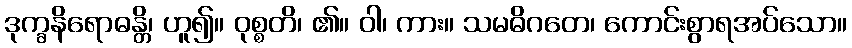
ဒုက္ခနိရောဓန္တိ၊ ဟူ၍။ ဝုစ္စတိ၊ ၏။ ဝါ၊ ကား။ သမဓိဂတေ၊ ကောင်းစွာရအပ်သော။